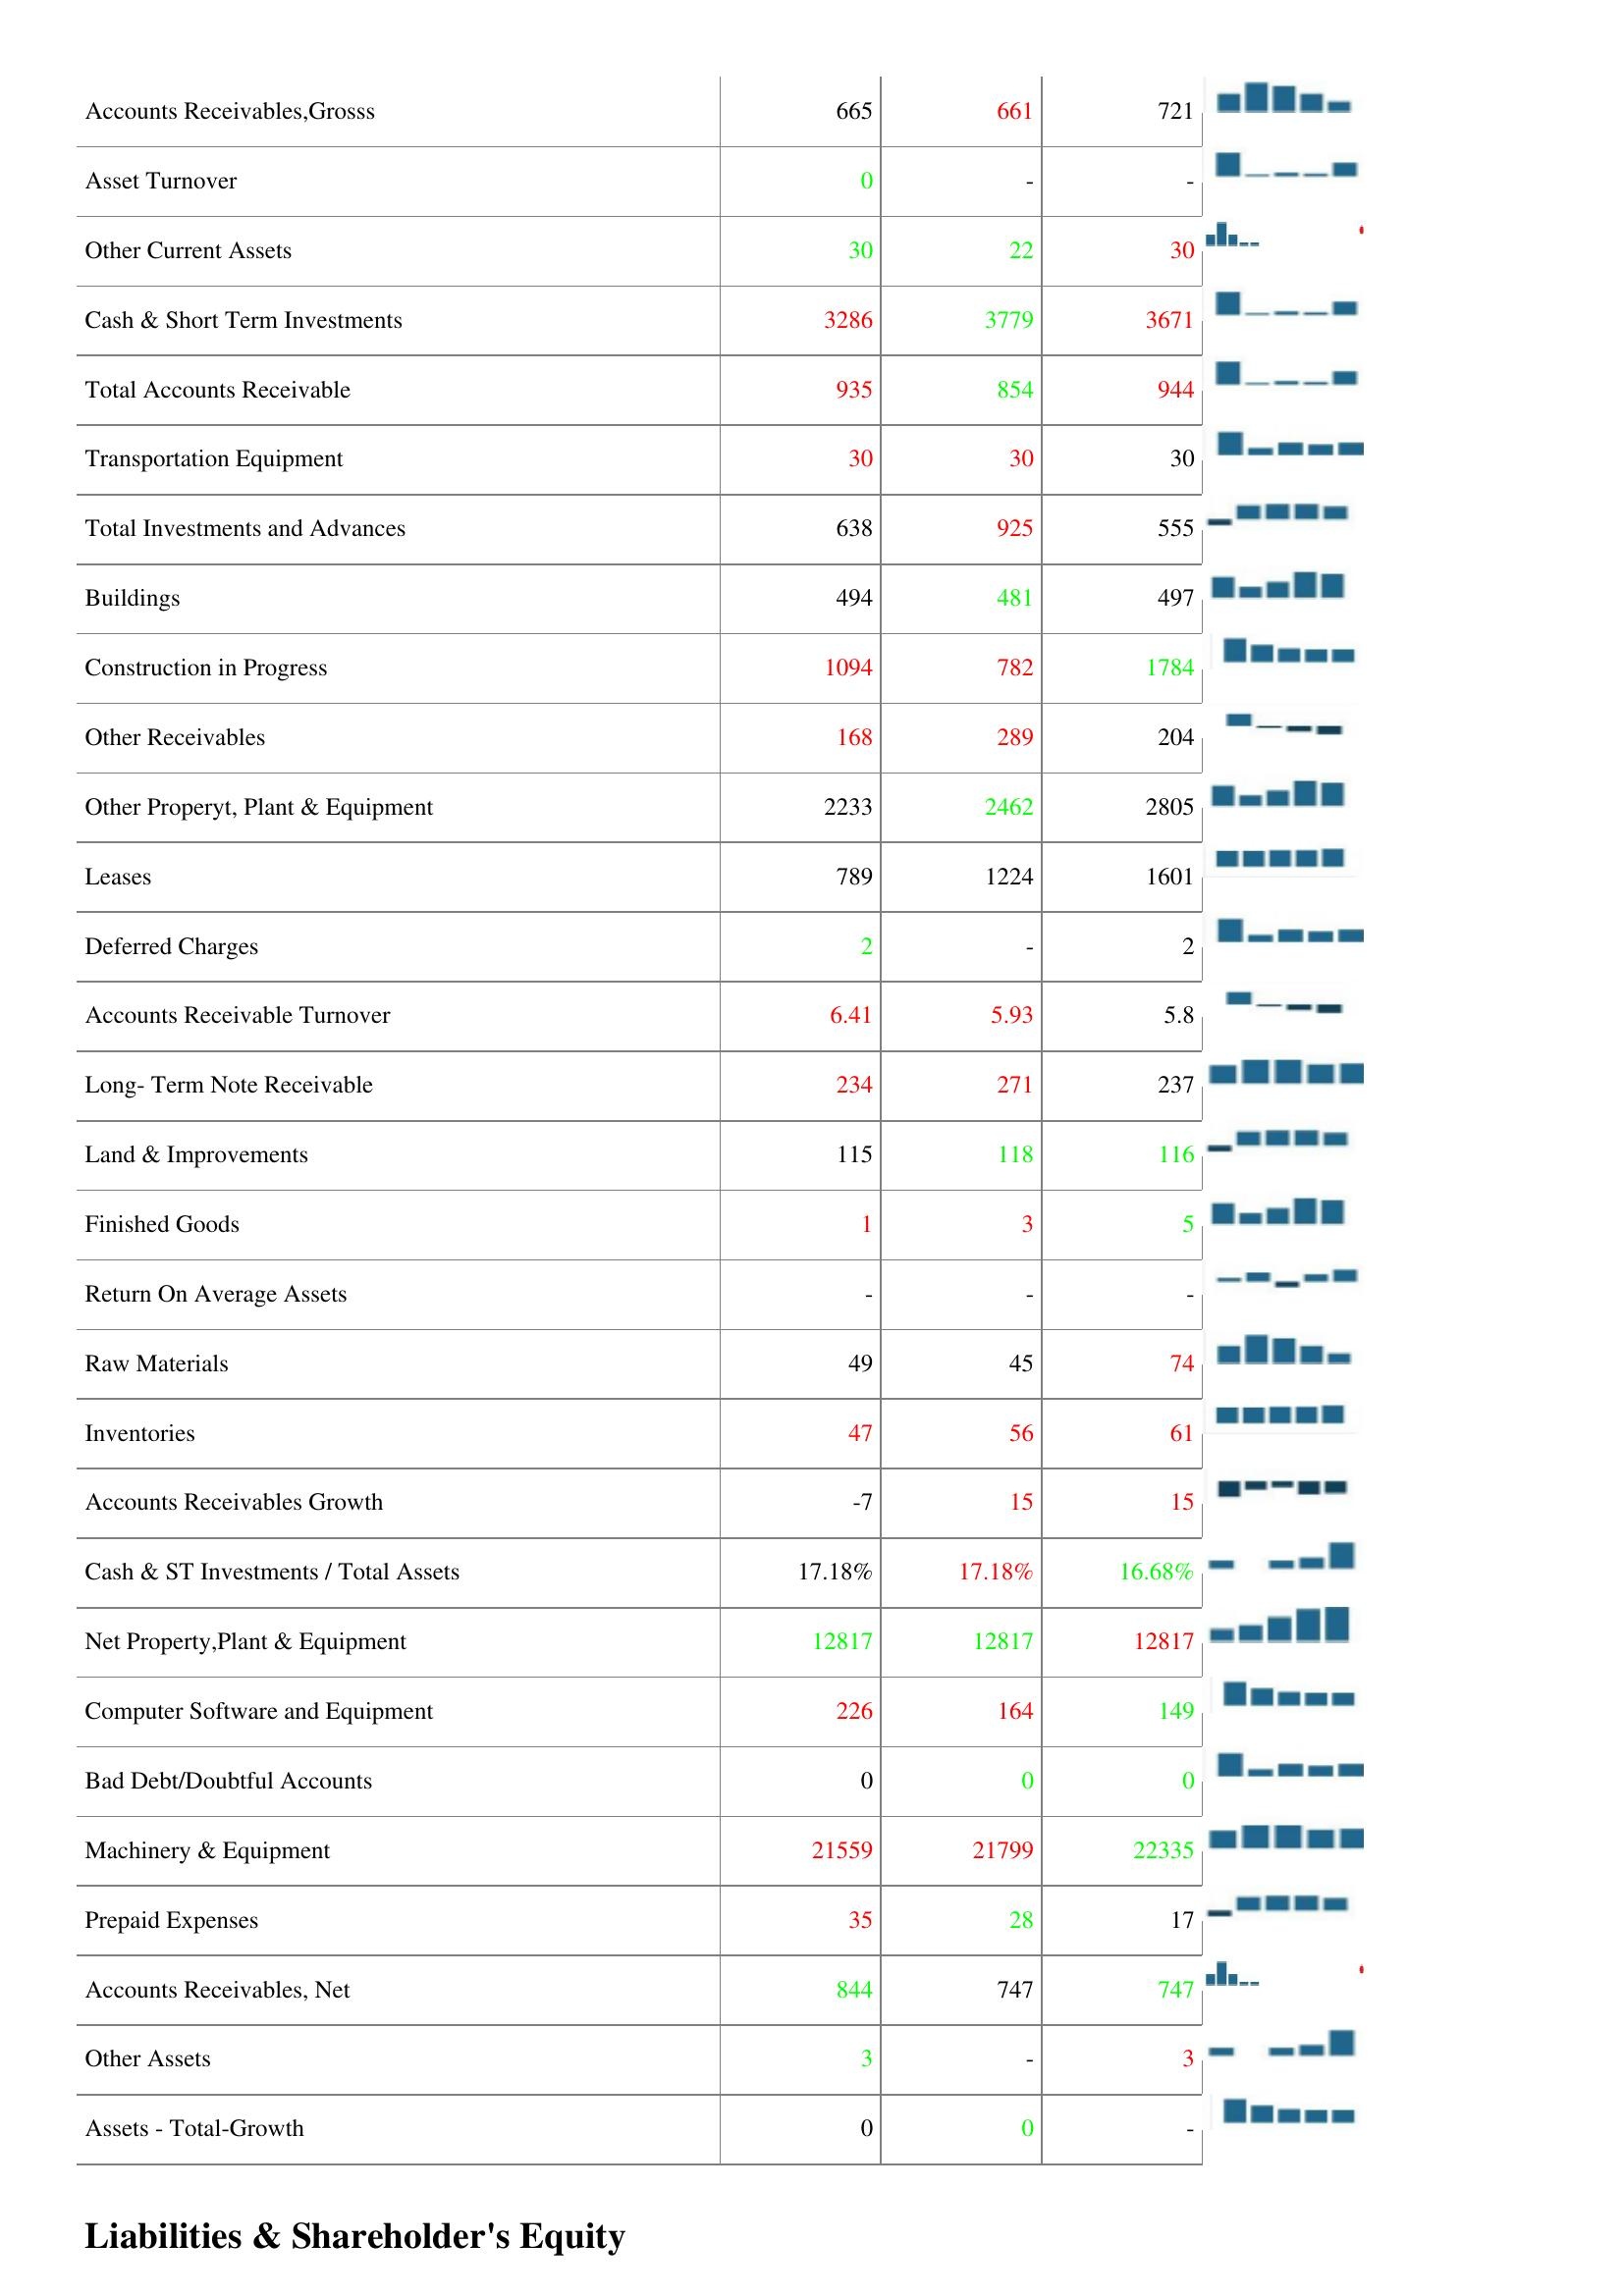
2004: Assets: Cash Only: 6974
Total Assets: 19901
Property, Plant & Equipment -Gross: 30714
Accumulated Depreciation: 15010
Cash & Short Term Investments Growth: -
Total Current Assets: 4533
LT Investment - Affiliate Companies: 825
Accounts Receivables,Grosss: 665
Asset Turnover: 0
Other Current Assets: 30
Cash & Short Term Investments: 3286
Total Accounts Receivable: 935
Transportation Equipment: 30
Total Investments and Advances: 638
Buildings: 494
Construction in Progress: 1094
Other Receivables: 168
Other Properyt, Plant & Equipment: 2233
Leases: 789
Deferred Charges: 2
Accounts Receivable Turnover: 6.41
Long- Term Note Receivable: 234
Land & Improvements: 115
Finished Goods: 1
Return On Average Assets: -
Raw Materials: 49
Inventories: 47
Accounts Receivables Growth: -7
Cash & ST Investments / Total Assets: 17.18%
Net Property,Plant & Equipment: 12817
Computer Software and Equipment: 226
Bad Debt/Doubtful Accounts: 0
Machinery & Equipment: 21559
Prepaid Expenses: 35
Accounts Receivables, Net: 844
Other Assets: 3
Assets - Total-Growth: 0
2005: Assets: Cash Only: 27594
Total Assets: 19439
Property, Plant & Equipment -Gross: 28884
Accumulated Depreciation: 16826
Cash & Short Term Investments Growth: -
Total Current Assets: 4075
LT Investment - Affiliate Companies: 884
Accounts Receivables,Grosss: 661
Asset Turnover: -
Other Current Assets: 22
Cash & Short Term Investments: 3779
Total Accounts Receivable: 854
Transportation Equipment: 30
Total Investments and Advances: 925
Buildings: 481
Construction in Progress: 782
Other Receivables: 289
Other Properyt, Plant & Equipment: 2462
Leases: 1224
Deferred Charges: -
Accounts Receivable Turnover: 5.93
Long- Term Note Receivable: 271
Land & Improvements: 118
Finished Goods: 3
Return On Average Assets: -
Raw Materials: 45
Inventories: 56
Accounts Receivables Growth: 15
Cash & ST Investments / Total Assets: 17.18%
Net Property,Plant & Equipment: 12817
Computer Software and Equipment: 164
Bad Debt/Doubtful Accounts: 0
Machinery & Equipment: 21799
Prepaid Expenses: 28
Accounts Receivables, Net: 747
Other Assets: -
Assets - Total-Growth: 0
2006: Assets: Cash Only: 18909
Total Assets: 19439
Property, Plant & Equipment -Gross: 29658
Accumulated Depreciation: 17085
Cash & Short Term Investments Growth: -
Total Current Assets: 4133
LT Investment - Affiliate Companies: 761
Accounts Receivables,Grosss: 721
Asset Turnover: -
Other Current Assets: 30
Cash & Short Term Investments: 3671
Total Accounts Receivable: 944
Transportation Equipment: 30
Total Investments and Advances: 555
Buildings: 497
Construction in Progress: 1784
Other Receivables: 204
Other Properyt, Plant & Equipment: 2805
Leases: 1601
Deferred Charges: 2
Accounts Receivable Turnover: 5.8
Long- Term Note Receivable: 237
Land & Improvements: 116
Finished Goods: 5
Return On Average Assets: -
Raw Materials: 74
Inventories: 61
Accounts Receivables Growth: 15
Cash & ST Investments / Total Assets: 16.68%
Net Property,Plant & Equipment: 12817
Computer Software and Equipment: 149
Bad Debt/Doubtful Accounts: 0
Machinery & Equipment: 22335
Prepaid Expenses: 17
Accounts Receivables, Net: 747
Other Assets: 3
Assets - Total-Growth: -